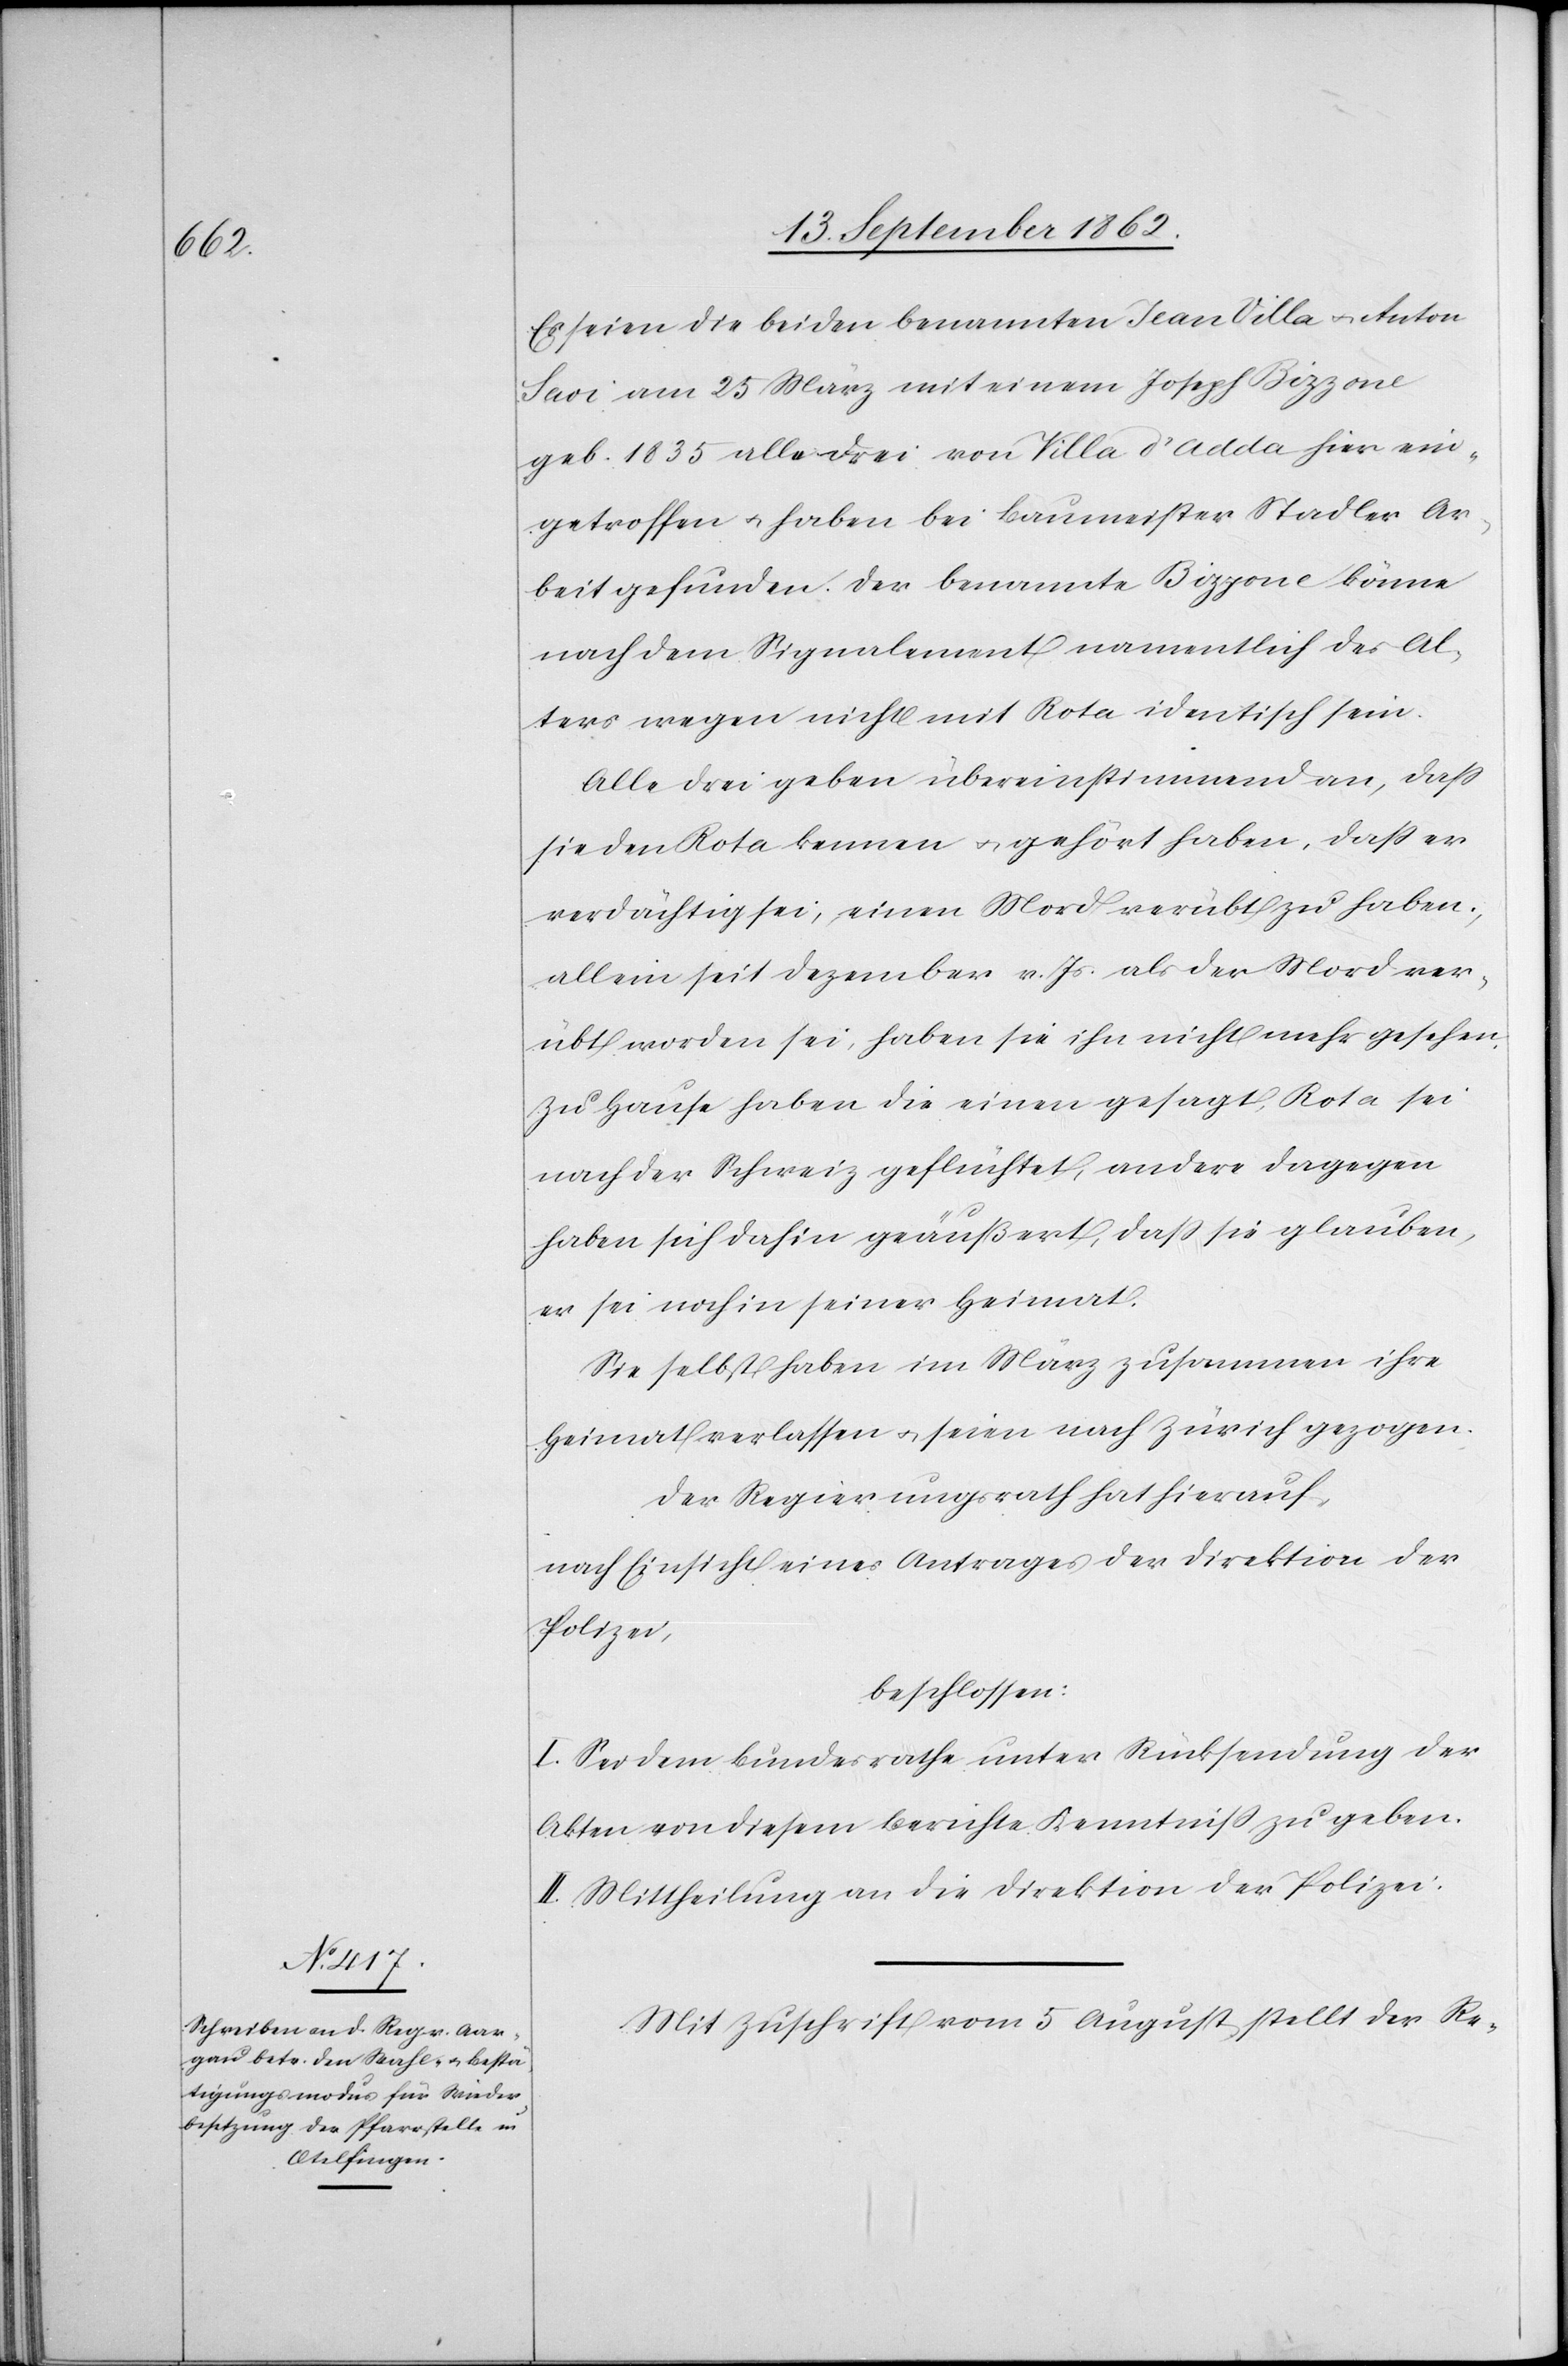
Es seien die beiden benannten Jean Villa u. Anton
Savi am 25. März mit einem Joseph Bizzone
geb. 1835 alle drei von Villa d’Adda hier ein¬
getroffen u. haben bei Baumeister Stadler Ar¬
beit gefunden. Der benannte Bizzone könne
nach dem Signalement namentlich des Al¬
ters wegen nicht mit Rota identisch sein.
Alle drei geben übereinstimmend an, daß
sie den Rota kennen u. gehört haben, daß er
verdächtigt sei, einen Mord verübt zu haben,
allein seit Dezember v. Js. als der Mord ver¬
übt worden sei, haben sie ihn nicht mehr gesehen.
Zu Hause haben die einen gesagt, Rota sei
nach der Schweiz geflüchtet, andere dagegen
haben sich dahin geäußert, daß sie glauben,
er sei noch in seiner Heimat.
Sie selbst haben im März zusammen ihre
Heimat verlassen u. seien nach Zürich gezogen.
Der Regierungsrath hat hierauf
nach Einsicht eines Antrages der Direktion der
Polizei,
beschlossen:
I. Sei dem Bundesrathe unter Rücksendung der
Akten von diesem Berichte Kenntniß zu geben.
II. Mittheilung an die Direktion der Polizei.
Mit Zuschrift vom 5. August stellt der Re-